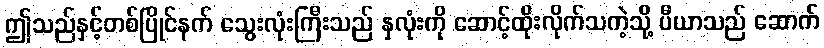
ဤသည်နှင့်တစ်ပြိုင်နက် သွေးလုံးကြီးသည် နှလုံးကို ဆောင့်ထိုးလိုက်သကဲ့သို့ ပီယာသည် ဆောက်